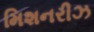
મિશનરીઝ